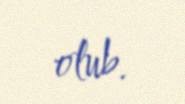
olub.